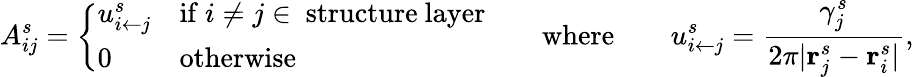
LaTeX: A_{ij}^{s}=\left\{ \begin{array}{ll}{u_{{i}\leftarrow{j}}^{s}}&{\mathrm{if~}i\neq j\in~\mathrm{structure~layer}}\\ {0}&{\mathrm{otherwise}}\end{array}\right.\quad\quad\mathrm{where}\quad\quad u_{i\leftarrow j}^{s}=\frac{\gamma_{j}^{s}}{2\pi\vert\mathbf{r}_{j}^{s}-\mathbf{r}_{i}^{s}\vert},